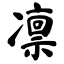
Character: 凛